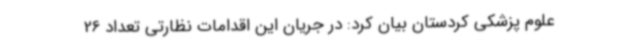
علوم پزشکی کردستان بیان کرد: در جریان این اقدامات نظارتی تعداد 26